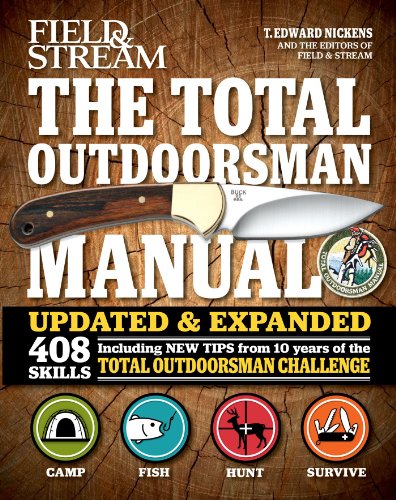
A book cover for The Total Outdoorsman Manual (10th Anniversary Edition) (Field & Stream); T. Edward Nickens; Reference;